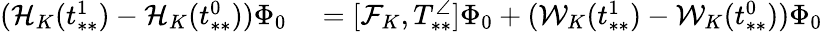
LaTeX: \begin{array}{rl}{(\mathcal{H}_{K}(t_{**}^{1})-\mathcal{H}_{K}(t_{**}^{0}))\Phi_{0}}&{{}=[\mathcal{F}_{K},T_{**}^{\angle}]\Phi_{0}+(\mathcal{W}_{K}(t_{**}^{1})-\mathcal{W}_{K}(t_{**}^{0}))\Phi_{0}}\end{array}